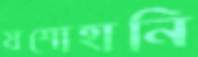
যশোহানি